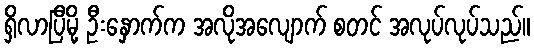
ရှိလာပြီမို့ ဦးနှောက်က အလိုအလျောက် စတင် အလုပ်လုပ်သည်။